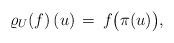
LaTeX: \begin{align*} \lefteqn{ \varrho_U(f) \, (u) \, = \, f \big( \pi (u) \big) , }\end{align*}